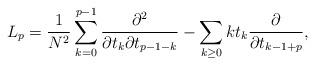
LaTeX: \begin{align*}L_p=\frac{1}{N^2}\sum_{k=0}^{p-1}\frac{\partial^2}{\partial t_k \partial t_{p-1-k}}- \sum_{k\ge 0}kt_k\frac{\partial}{\partial t_{k-1+p}},\end{align*}